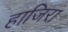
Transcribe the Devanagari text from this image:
हाजिरा